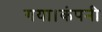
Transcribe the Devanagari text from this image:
गया।कंपनी